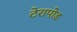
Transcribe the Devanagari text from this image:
टेरापोड